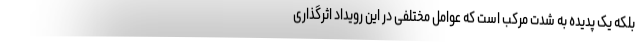
بلکه یک پدیده به شدت مرکب است که عوامل مختلفی در این رویداد اثرگذاری